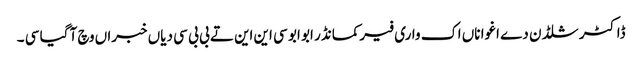
ڈاکٹر شلڈن دے اغوا ناں اک واری فیرکمانڈر ابو ابو سی این این تے بی بی سی دیاں خبراں وچ آ گیا سی ۔